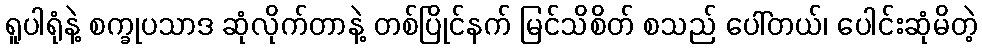
ရူပါရုံနဲ့ စက္ခုပသာဒ ဆုံလိုက်တာနဲ့ တစ်ပြိုင်နက် မြင်သိစိတ် စသည် ပေါ်တယ်၊ ပေါင်းဆုံမိတဲ့